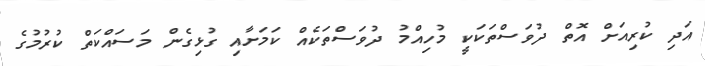
އަދި ކުރިއަށް އޮތް ދުވަސްތަކަކީ މުހިއްމު ދުވަސްތަކެއް ކަމަށާއި ގުޅިގެން މަސައްކަތް ކުރުމުގެ